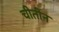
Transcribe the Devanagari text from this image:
चीतीन